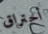
أختراق